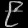
Digit: ၉